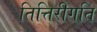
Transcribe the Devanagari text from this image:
तित्तिरीगति